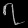
Digit: ၇